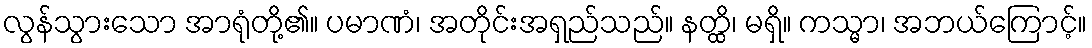
လွန်သွားသော အာရုံတို့၏။ ပမာဏံ၊ အတိုင်းအရှည်သည်။ နတ္ထိ၊ မရှိ။ ကသ္မာ၊ အဘယ်ကြောင့်။